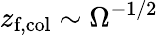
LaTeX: z_{\textrm{f,col}}\sim\Omega^{-1/2}